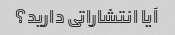
آیا انتشاراتی دارید؟